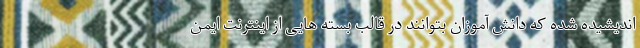
اندیشیده شده که دانش آموزان بتوانند در قالب بسته هایی از اینترنت ایمن